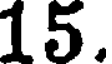
15.